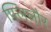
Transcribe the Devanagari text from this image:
फ्लि्लौर